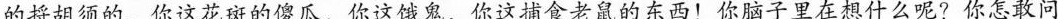
的捋胡须的，你这花斑的傻瓜，你这饿鬼，你这捕食老鼠的东西！你脑子里在想什么呢?你怎敢问